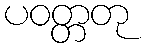
ပဝတ္တတု